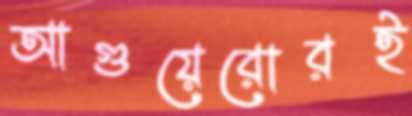
আগুয়েরোরই